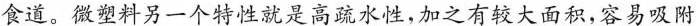
食道。微塑料另一个特性就是高疏水性,加之有较大面积,容易吸附